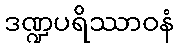
ဒဏ္ဍပရိဿာဝနံ